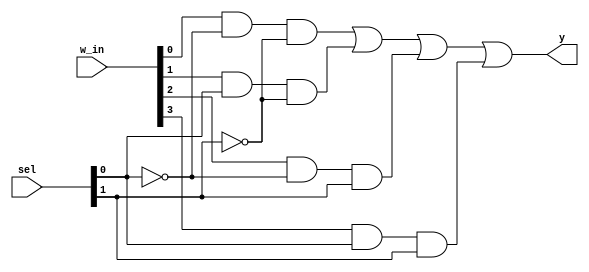
`timescale 1ns / 1ps


module mux4x1( output y,
					input [3:0] w_in,
					input [1:0] sel );


	wire [3:0] a;
	
	and a0(a[0], w_in[0], ~sel[0], ~sel[1]);
	and a1(a[1], w_in[1],  sel[0], ~sel[1]);
	and a2(a[2], w_in[2], ~sel[0],  sel[1]);
	and a3(a[3], w_in[3],  sel[0],  sel[1]);
	
	or out(y, a[0], a[1], a[2], a[3]);

endmodule